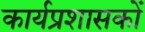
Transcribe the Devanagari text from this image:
कार्यप्रशासकों